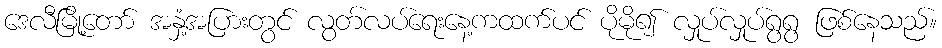
ဒေလီမြို့တော် အနှံ့အပြားတွင် လွတ်လပ်ရေးနေ့ကထက်ပင် ပိုမို၍ လှုပ်လှုပ်ရွရွ ဖြစ်နေသည်။